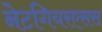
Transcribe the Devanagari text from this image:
नेटगियरएसस